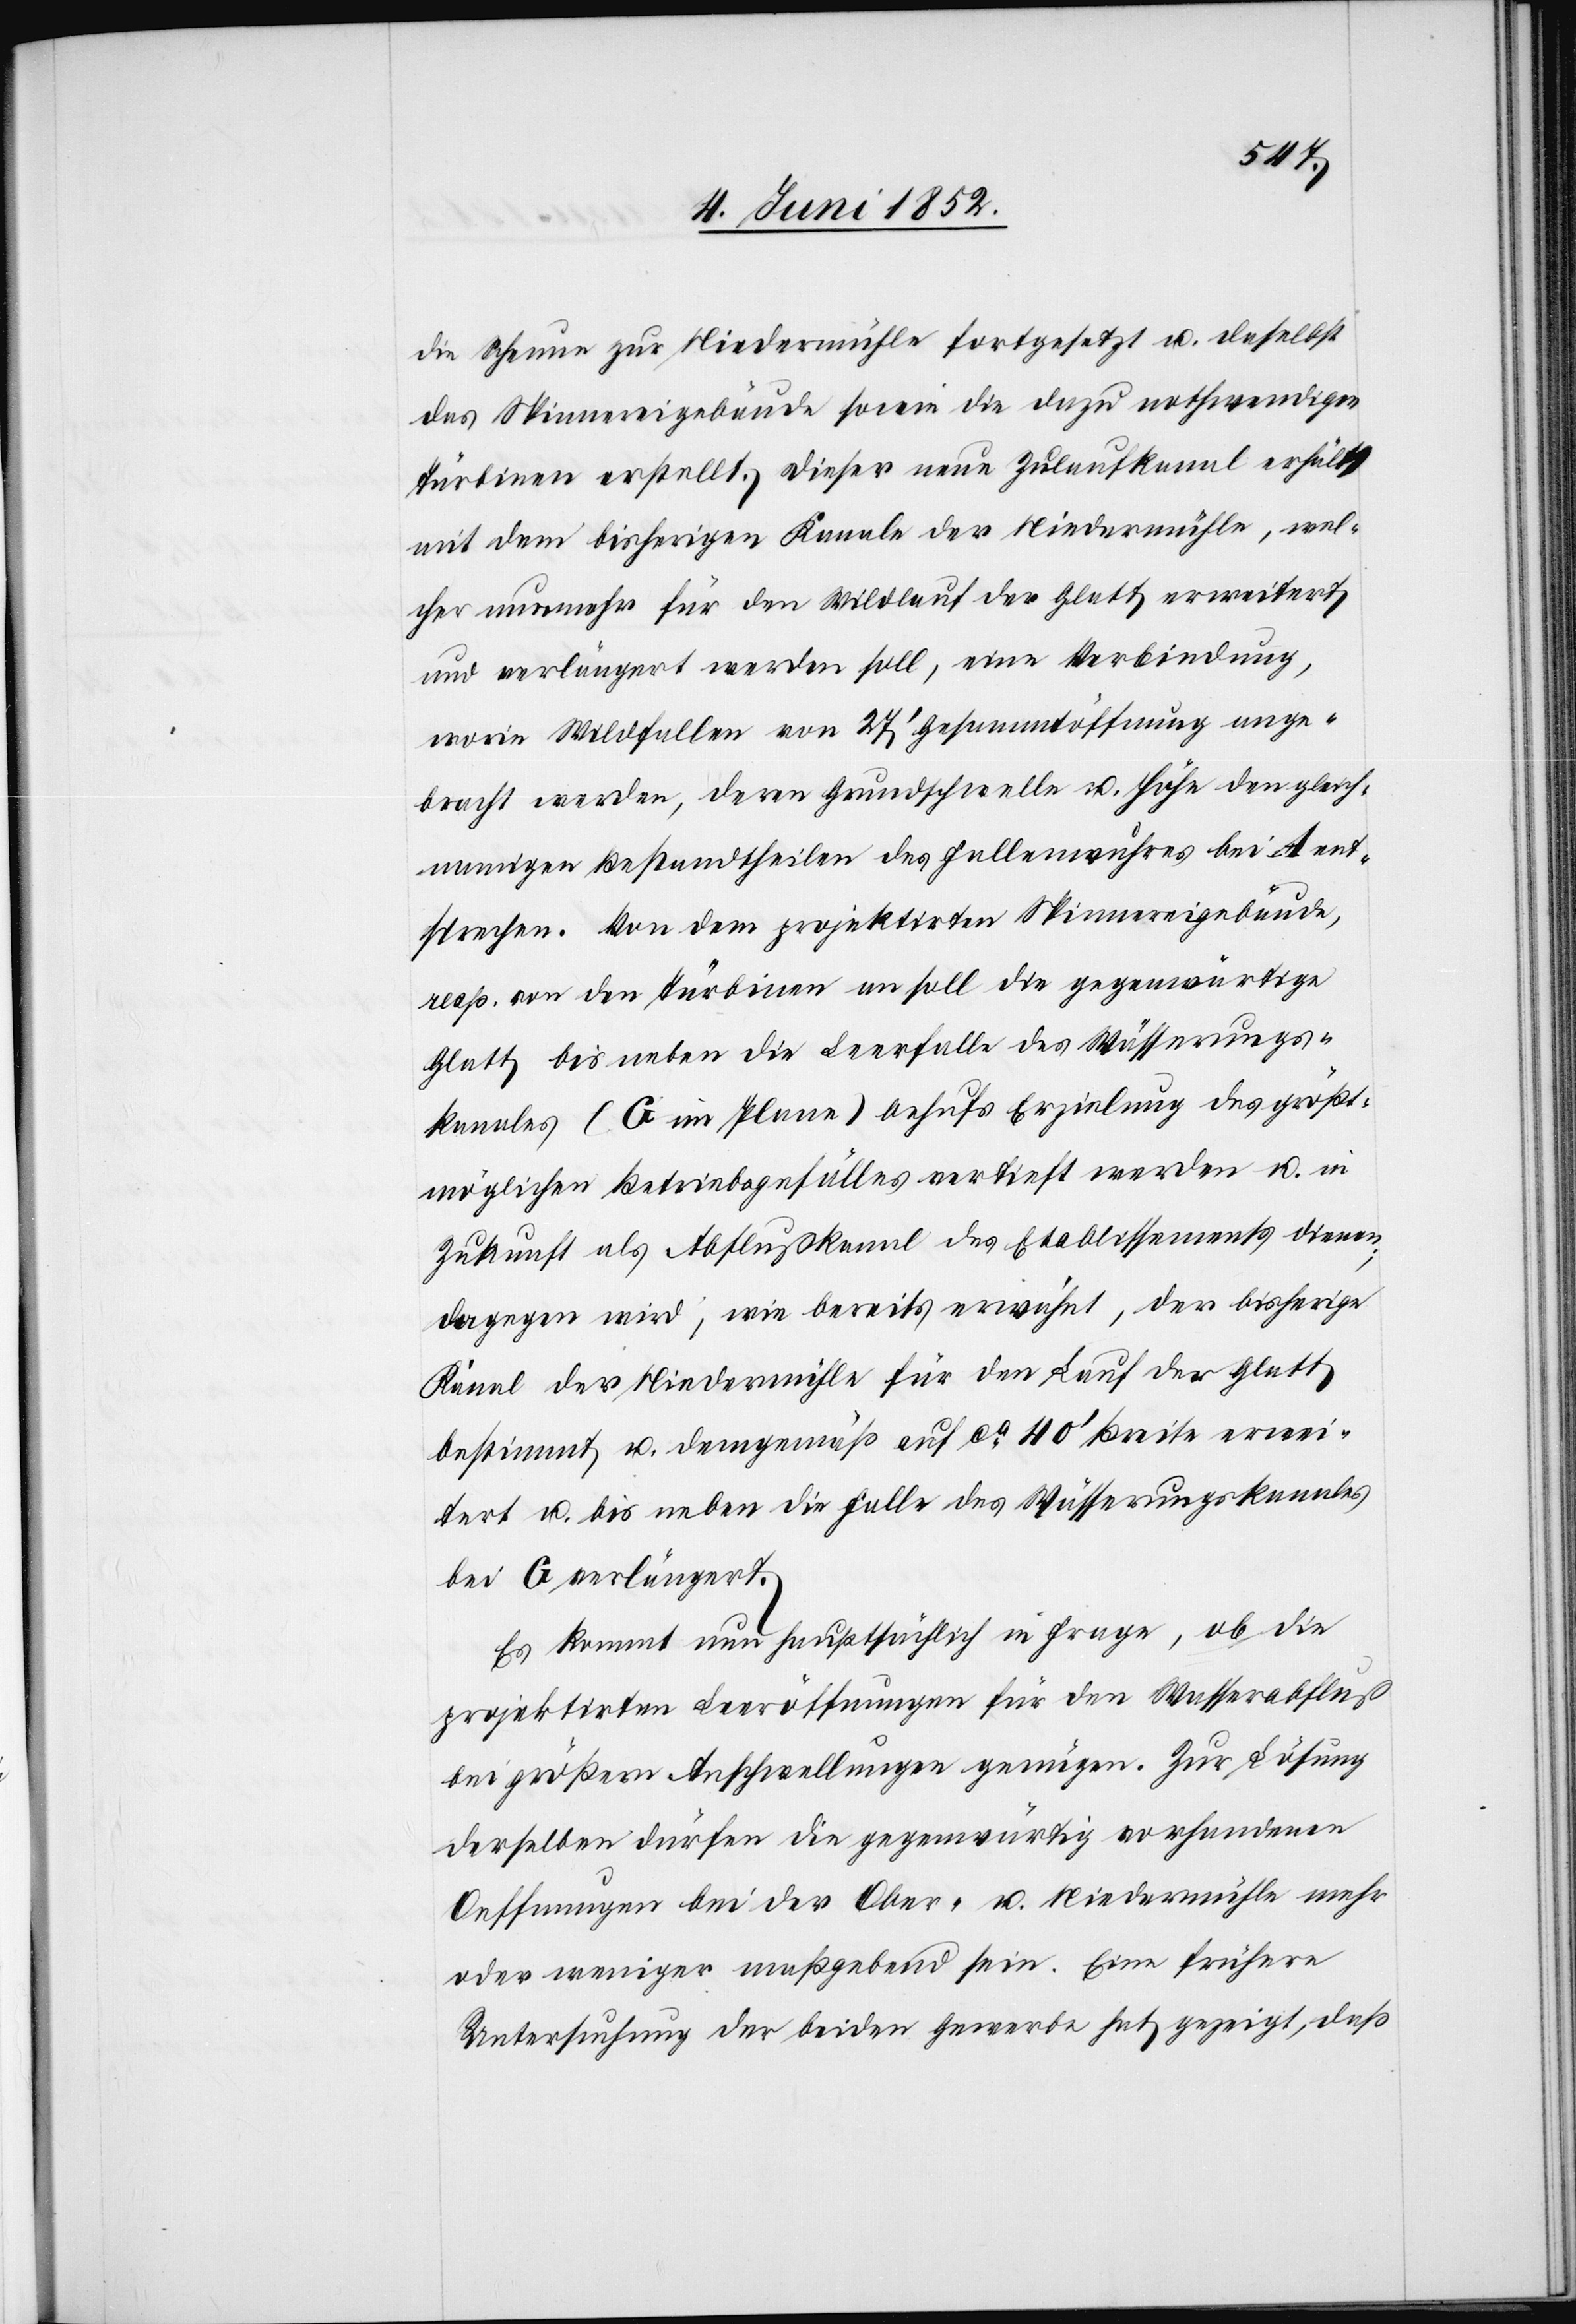
die Scheune zur Niedermühle fortgesetzt u. daselbst
das Spinnereigebäude sowie die dazu nothwendigen
Türbinen erstellt. Dieser neue Zulaufkanal erhält
mit dem bisherigen Kanale der Niedermühle, wel¬
cher nunmehr für den Wildlauf der Glatt erweitert
und verlängert werden soll, eine Verbindung,
worin Wildfallen von 27’ Gesammtöffnung ange¬
bracht werden, deren Grundschwelle u. Höhe den gleich¬
namigen Bestandtheilen des Fallenwuhres bei A ent¬
sprechen. Von dem projektirten Spinnereigebäude,
resp. von den Türbinen an soll die gegenwärtige
Glatt bis neben die Leerfalle das Wässerungs¬
kanales (G im Plane) behufs Erzielung des größt¬
möglichen Betriebsgefälles vertieft werden u. in
Zukunft als Abflußkanal des Etablissements dienen,
dagegen wird, wie bereits erwähnt, der bisherige
Kanal der Niedermühle für den Lauf der Glatt
bestimmt u. demgemäß auf ca 40’ Breite erwei¬
tert u. bis neben die Falle des Wässerungskanales
bei G verlängert.
Es kommt nun hauptsächlich in Frage, ob die
projektirten Leeröffnungen für den Wasserabfluß
bei größern Anschwellungen genügen. Zur Lösung
derselben dürfen die gegenwärtig vorhandenen
Oeffnungen bei der Ober- u. Niedermühle mehr
oder weniger maßgebend sein. Eine frühere
Untersuchung der beiden Gewerbe hat gezeigt, daß